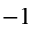
^ { - 1 }